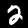
Label: 2